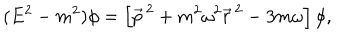
LaTeX: ( E ^ { 2 } - m ^ { 2 } ) \phi = \left[ \vec { p } ^ { \, 2 } + m ^ { 2 } \omega ^ { 2 } \vec { r } ^ { \, 2 } - 3 m \omega \right] \phi ,